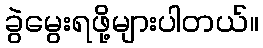
ခွဲမွေးရဖို့များပါတယ်။